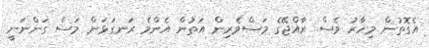
އެގޮތުން މިހާރު ވެސް ރާއްޖޭގެ މަސްވެރިން އަތުން އެންމެ ރަނގަޅަށް މަސް ގަންނަނީ